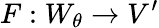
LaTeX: F:W_{\theta}\to V^{\prime}